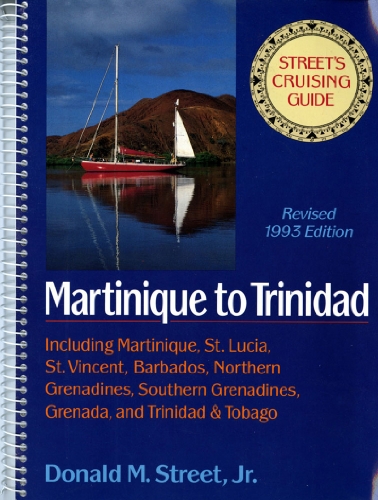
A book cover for Street's Cruising Guide to the Eastern Caribbean: Martinique to Trinidad (Street's Cruising Guide) (v. 3); Donald M. Street; Travel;